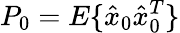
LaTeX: P_{0}=E\{ \hat{x}_{0}\hat{x}_{0}^{T}\}